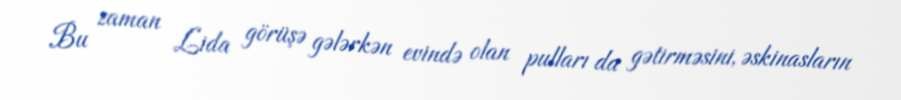
Bu zaman Lida görüşə gələrkən evində olan pulları da gətirməsini, əskinasların